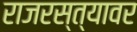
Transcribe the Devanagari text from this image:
राजरस्त्यावर